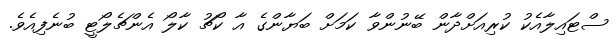
ސްޓައިލާއެކު ކުރިއަށްދާން ބޭނުންވާ ކަމަށް ބަޔާންގެ އާ ކޯޗު ކާލޯ އެންޗެލޯޓީ ބުނެފިއެވެ.